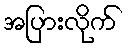
အပြားလိုက်